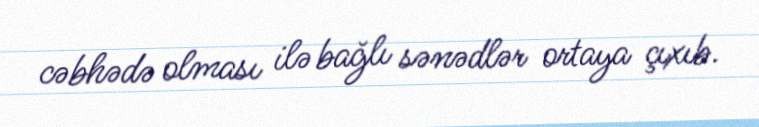
cəbhədə olması ilə bağlı sənədlər ortaya çıxıb.